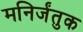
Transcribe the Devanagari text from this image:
मनिर्जंतुक